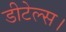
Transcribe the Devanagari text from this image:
डीटेल्स।